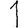
Digit: 1